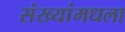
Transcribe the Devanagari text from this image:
संख्यांमधला